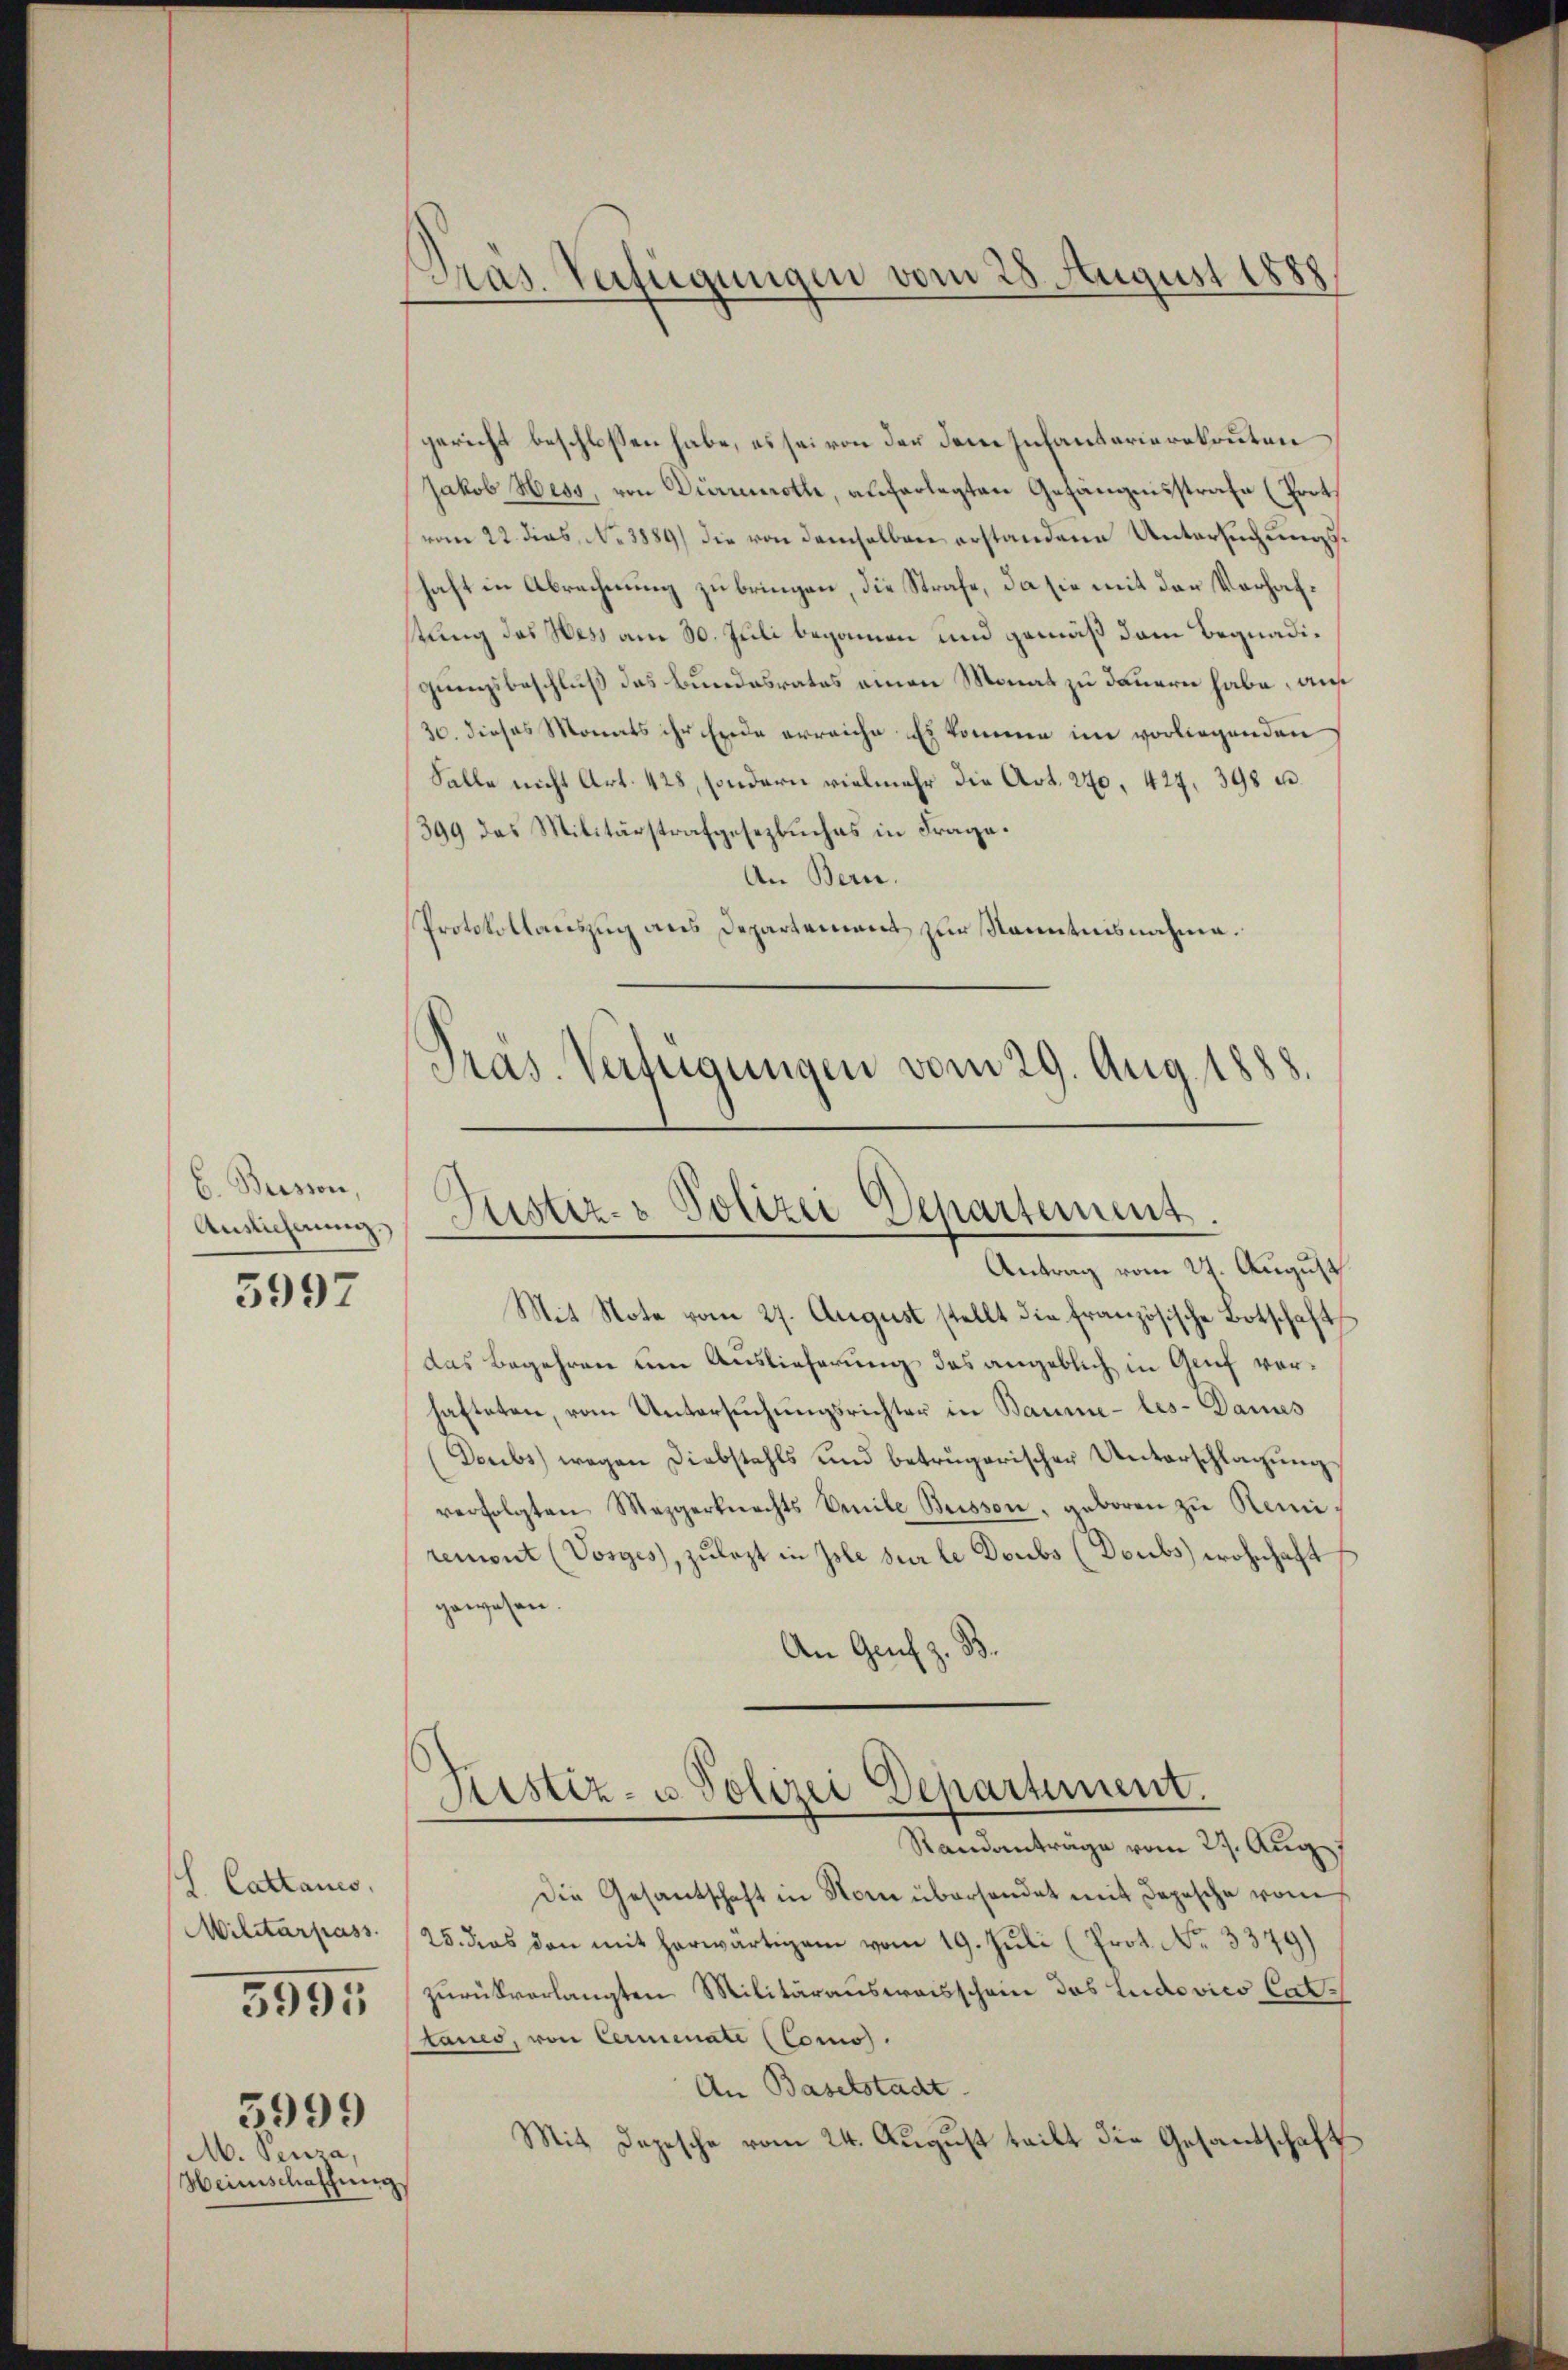
C. Bersion,
Auslicherung.

5997

l. Cattanis
5999
M. Seuza
Heinschaffung,

5955

gericht beschlossen habe, es sei von der dem Infantarierekruten
Jakob Hess, von Dürrenroth, auferlegten Gefängnisstrafe (Port
vom 22. dies, No. 1889 die von demselben erstandene Untersuchungshaft in Abrechnung zu bringen, die Strafe, da sie mit den Verhafstung des Wess am 30. Juli begannen und gemäß dem Begnadigungsbeschluß das Bundesrates einen Monat zu dauern habe, auf
30. dieses Monats ihr Ende erreiche Er komme im vorliegenden
Falle nicht Art. 428, sondern vielmehr die Art. 240. 427. 398 u.
399 das Militärstrafgesezbuches in Frage.
An Bern.
Protokollauszug aus Departement zur Kenntnisnahme.
Präs. Verfügungen vom 29. Aug. 1888

Pras. Verfügungen vom 28. August 1888

.
Justiz- & Polizei Departement.
Antrag vom 27. August

Mit Note vom 27. August stellt die französische Botschaft
das Begehren um Auslieferung des angeblich in Genf verhafteten, vom Untersuchungsrichter in Baume-les-Dames
Deubs) wegen Diebstahls und betrügerischer Unterschlagung
verfolgten Mezgerknechts Emile Buisson, geboren zu Remiremont (Vorges, zulezt in Isle sur le Doubs (Doubs wohnhaft
gewesen.
An Genf z. B.

Fristiz- u. Polizei Departement.
Standanträge vom 29. Aug

Die Gesantschaft in Horn übersendet mit Depesche vom
Militarpass. 25. das den mit herwärtigem vom 19. Jŭli (Prot. No. 3379)
zurückverlangten Militärausweisschein des Ludovics Cat
tanes, von Cermenate (Comos.
An Baselstadt.
Mit Depesche vom 24. August teilt die Gesandschaft